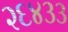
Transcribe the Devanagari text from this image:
२६४३३